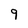
Character: 9